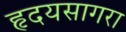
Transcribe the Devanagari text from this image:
हृदयसागरा